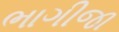
ભાગીજા